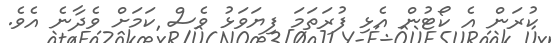
ކުރަން އެ ކޯޓުން އެޅި ފުރަތަމަ ފިޔަވަޅު ވެސް ކަމަށް ވެދާނެ އެވެ.